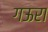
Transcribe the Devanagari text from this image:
गऊरा